Leningradi_Edasi_toimetus, lk 81
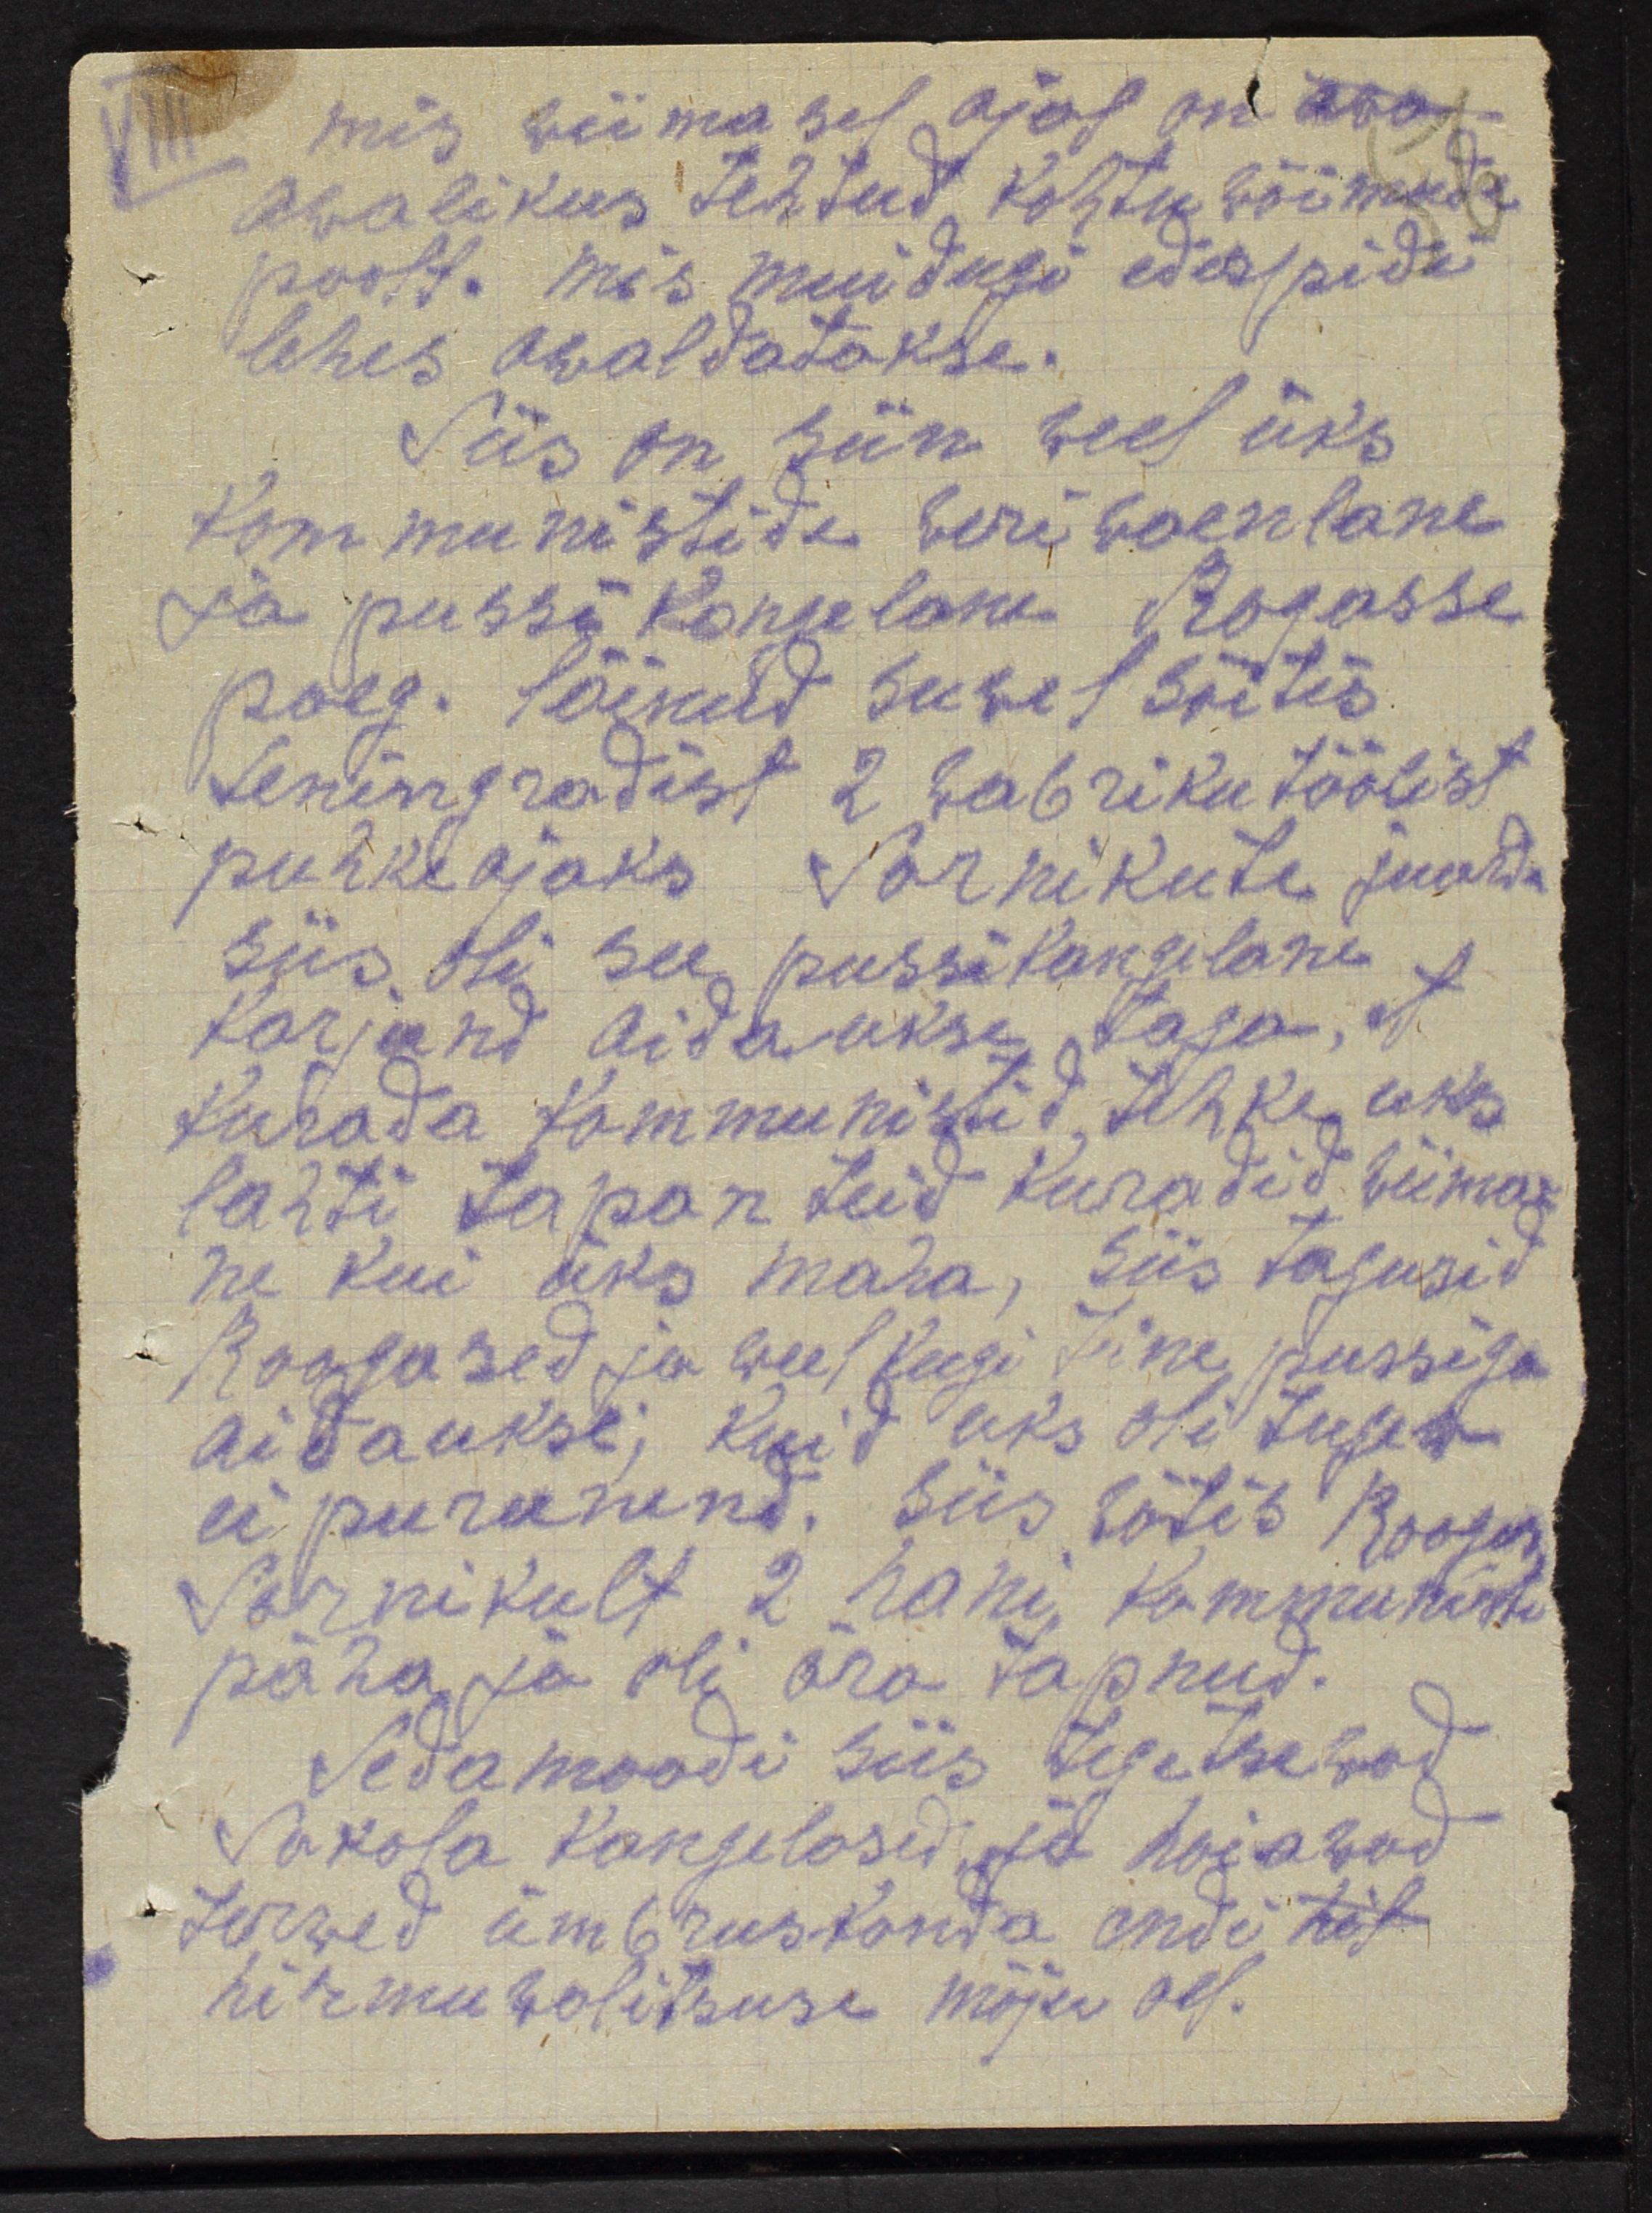
mis wiimasel ajal on ära
awalikus sehtud kohtu wõimude
poolt. mis muidugi edaspidi
lehes awaldatakse.
Siis on siin weel üks
kommunistide weriwaenlane
ja pussi kangelane Rogasse
poeg. läinud suwel sõitis
Leningradist 2 wabrikutöölist
puhkajaks Sarnikute juurde
siis oli see pussikangelane
karjund Aidaukse taga, et
kurada kommunistid tehke uks
lahti tapan teid kuradeid wiima-
ne kui üks maha, siis tagusid
Roogased ja weel keegi teine pussiga
aitaukse, kuid üks oli tugew
ei purunend. Siis wõtis Rooga
Sarnikult 2 hani kommunisti
päha ja oli ära tapnud.
Sedamoodi siis tegetsewad
Sakala kangelased ja hoiawad
terwed ümbruskonda endi hil-
hirmuwalitsuse mõju all.